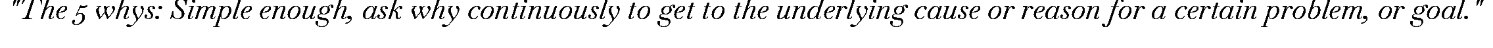
"The 5 whys: Simple enough, ask why continuously to get to the underlying cause or reason for a certain problem, or goal."